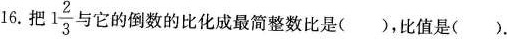
16.把 $$1 \frac{2}{3}$$ 与它的倒数的比化成最简整数比是()，比值是().